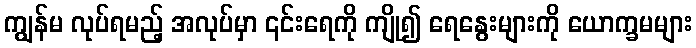
ကျွန်မ လုပ်ရမည့် အလုပ်မှာ ၎င်းရေကို ကျို၍ ရေနွေးများကို ယောက္ခမများ